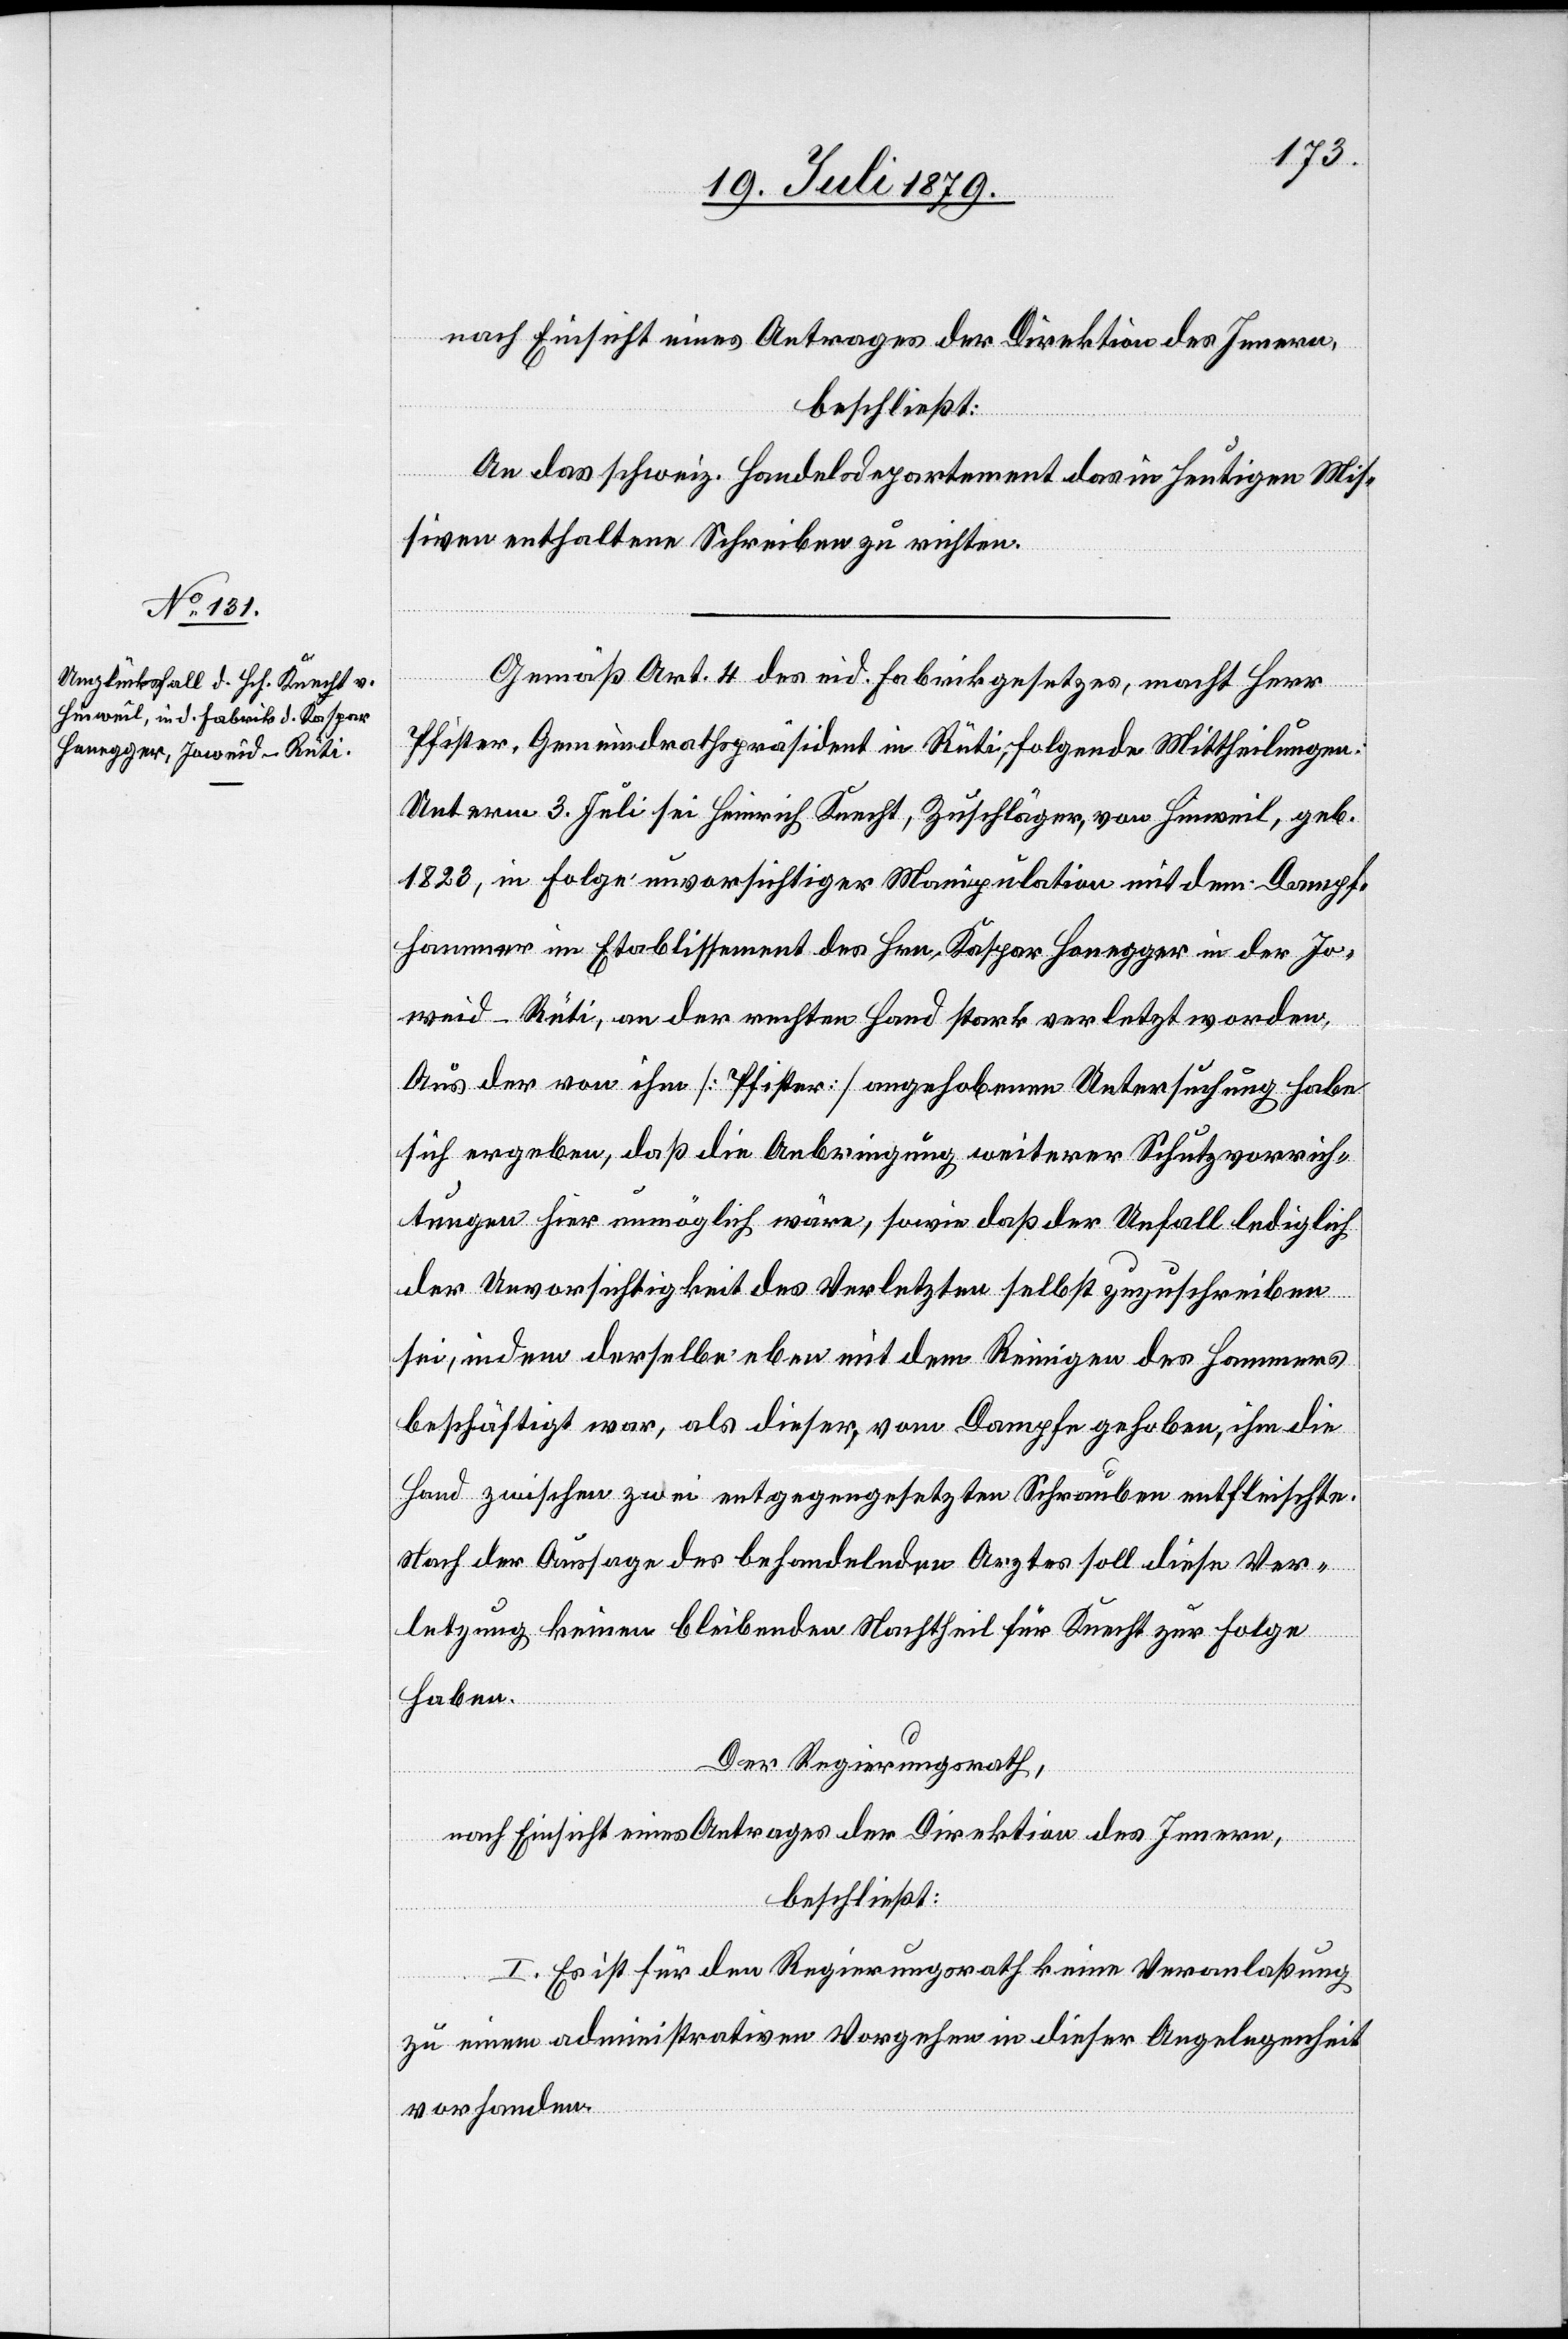
nach Einsicht eines Antrages der Direktion des Innern,
beschließt:
An das schweiz. Handelsdepartement das in heutigen Mis¬
siven enthaltene Schreiben zu richten.
Gemäß Art. 4 des eid. Fabrikgesetzes, macht Herr
Pfister, Gemeindrathspräsident in Rüti, folgende Mittheilungen:
Unterm 3. Juli sei Heinrich Knecht, Zuschläger, von Hinweil, geb.
1823, in Folge unvorsichtiger Manipulation mit dem Dampf¬
hammer im Etablissement des Hrn. Kaspar Honegger in der Jo¬
weid - Rüti, an der rechten Hand stark verletzt worden.
Aus der von ihm [Pfister] angehobenen Untersuchung habe
sich ergeben, daß die Anbringung weiterer Schutzvorrich¬
tungen hier unmöglich wäre, sowie daß der Unfall lediglich
der Unvorsichtigkeit des Verletzten selbst zuzuschreiben
sei, indem derselbe eben mit dem Reinigen des Hammers
beschäftigt war, als dieser, vom Dampfe gehoben, ihm die
Hand zwischen zwei entgegengesetzten Schrauben entfleischte.
Nach der Aussage des behandelnden Arztes soll diese Ver¬
letzung keinen bleibenden Nachtheil für Knecht zur Folge
haben.
Der Regierungsrath,
nach Einsicht eines Antrages der Direktion des Innern,
beschließt:
I. Es ist für den Regierungsrath keine Veranlaßung
zu einem administrativen Vorgehen in dieser Angelegenheit
vorhanden.